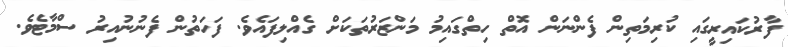
ފާރުކައިރީގައި ކުރިމަތިން ފެންނަން އޮތް ހިތްގައިމު މަންޒަރުތަކަށް ގެއްލިފައެވެ. ފަހަތުން ފެނުނުއިރު ސްމާޓެވެ.